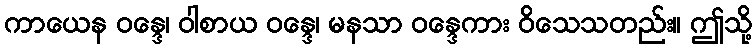
ကာယေန ဝန္ဒေ၊ ဝါစာယ ဝန္ဒေ၊ မနသာ ဝန္ဒေကား ဝိသေသတည်း။ ဤသို့